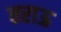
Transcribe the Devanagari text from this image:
तराऊ